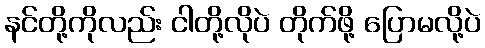
နင်တို့ကိုလည်း ငါတို့လိုပဲ တိုက်ဖို့ ပြောမလို့ပဲ